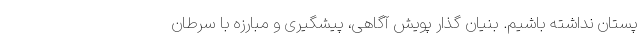
پستان نداشته باشیم. بنیان گذار پویش آگاهی، پیشگیری و مبارزه با سرطان